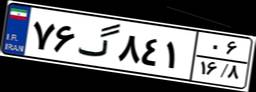
۱۷گ۸۱۵۳۴